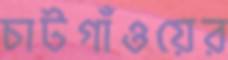
চাটগাঁওয়ের